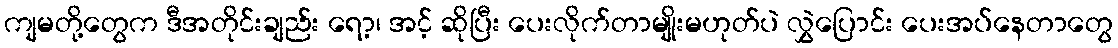
ကျမတို့တွေက ဒီအတိုင်းချည်း ရော့၊ အင့် ဆိုပြီး ပေးလိုက်တာမျိုးမဟုတ်ပဲ လွှဲပြောင်း ပေးအပ်နေတာတွေ